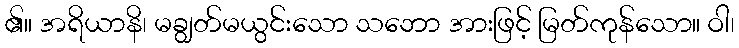
၏။ အရိယာနိ၊ မချွတ်မယွင်းသော သဘော အားဖြင့် မြတ်ကုန်သော။ ဝါ၊